Civil Veterinary Department Bihar reports 1936-40 - 1936-1940
Year: 1936
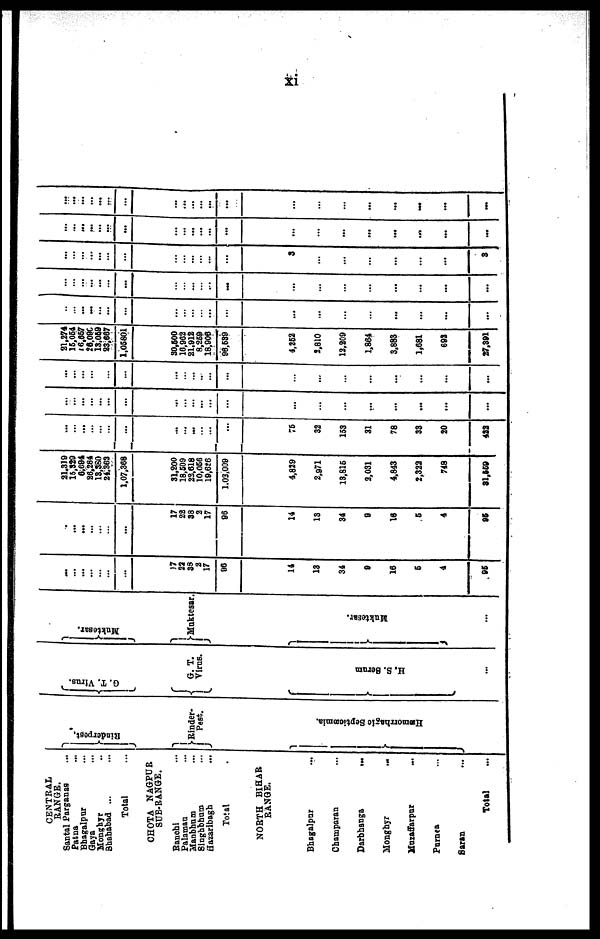
xi
CENTRAL
RANGE.
Santal Parganas ...
Patna ...
Bhagalpur ...
Gaya ...
Monghyr ...
Shahadad ... ...
Total ...
CHOTA NAGPUR
SUB-RANGE.
Ranchi ...
Palaman ...
Manbhum ...
Singhbum ...
Hazaribagh ...
Total
NORTH BIHAR
RANGE.
Bhagalpar ...
Champaran ...
Darbhanga
....
Monghyr ...
Muzaffarpur ...
Parnea ...
Saran ...
Total ...
Rinderpest.
Rinder-
Pest.
Hæmo r
r
h a g ic Se pt i
c æmi a .
G. T. Virus.
G. T.
Virus.
H. S. Se r
um
Muktesar.
Muktesar.
Muktesar.
...
...
...
...
...
...
...
17
22
38
2
17
96
14
13
31
9
16
5
4
95
... ...
...
...
...
...
...
17
22
38
2
17
96
14
13
34
9
16
6
4
95
21,319
15,329
6,694
86,284
13,360
24,369
1,07,368
31,200
18,509
22,618
10,066
19,626
1,03,009
4,829
2,971
13,816
2,031
4,843
2,322
748
31,559
...
... ...
...
...
...
...
...
... ...
...
...
...
76
32
153
31
78
33
20
422
...
...
...
...
...
...
...
...
...
... ...
...
...
...
...
...
...
...
...
...
...
...
...
...
...
...
...
...
...
...
...
...
...
...
...
...
...
...
...
...
...
...
21,274
16,064
16,657
26,090
13,069
23,667
1,06801
30,500
16,962
21,912
8,269
16,906
96,539
4,252
2,810
12,209
1,864
3,883
1,681
692
97,891
...
...
... ...
...
...
...
...
...
...
...
...
...
...
...
...
...
...
...
...
...
...
...
...
...
... ...
...
...
...
...
...
...
...
...
...
...
...
...
...
...
...
...
...
...
...
... ...
...
...
...
...
...
...
3
...
...
...
...
...
...
3
... ...
...
...
... ...
...
...
... ...
...
...
...
...
...
...
...
...
...
...
...
...
...
...
... ...
...
...
...
...
...
...
...
...
...
...
...
...
...
...
...
...